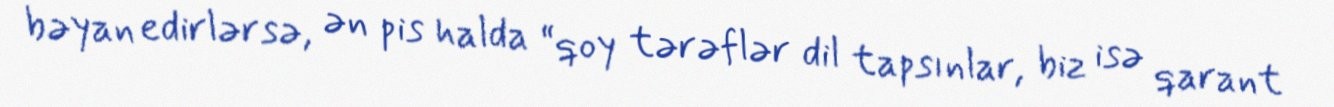
bəyan edirlərsə, ən pis halda “qoy tərəflər dil tapsınlar, biz isə qarant